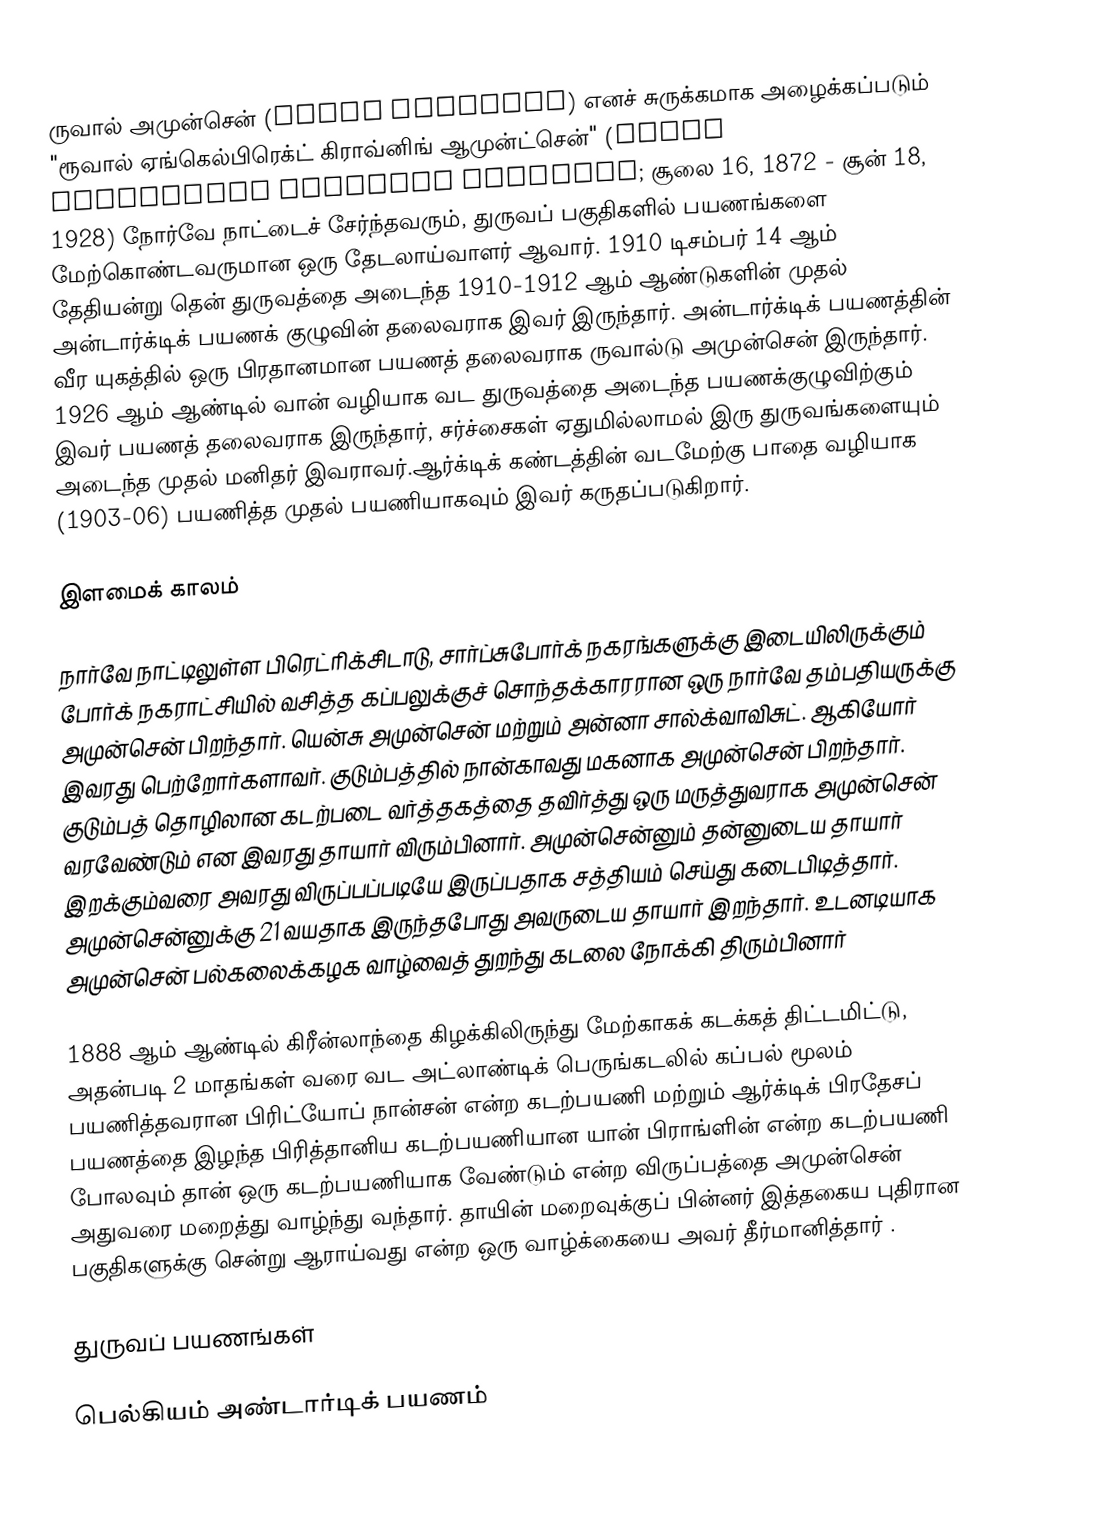
ருவால் அமுன்சென் (Roald Amundsen) எனச் சுருக்கமாக அழைக்கப்படும் "ரூவால் ஏங்கெல்பிரெக்ட் கிராவ்னிங் ஆமுன்ட்சென்" (Roald Engelbregt Gravning Amundsen; சூலை 16, 1872 - சூன் 18, 1928) நோர்வே நாட்டைச் சேர்ந்தவரும், துருவப் பகுதிகளில் பயணங்களை மேற்கொண்டவருமான ஒரு தேடலாய்வாளர் ஆவார். 1910 டிசம்பர் 14 ஆம் தேதியன்று தென் துருவத்தை அடைந்த 1910-1912 ஆம் ஆண்டுகளின் முதல் அன்டார்க்டிக் பயணக் குழுவின் தலைவராக இவர் இருந்தார். அன்டார்க்டிக் பயணத்தின் வீர யுகத்தில் ஒரு பிரதானமான பயணத் தலைவராக ருவால்டு அமுன்சென் இருந்தார். 1926 ஆம் ஆண்டில் வான் வழியாக வட துருவத்தை அடைந்த பயணக்குழுவிற்கும் இவர் பயணத் தலைவராக இருந்தார், சர்ச்சைகள் ஏதுமில்லாமல் இரு துருவங்களையும் அடைந்த முதல் மனிதர் இவராவர்.ஆர்க்டிக் கண்டத்தின் வடமேற்கு பாதை வழியாக (1903-06) பயணித்த முதல் பயணியாகவும் இவர் கருதப்படுகிறார்.

இளமைக் காலம்

நார்வே நாட்டிலுள்ள பிரெட்ரிக்சிடாடு, சார்ப்சுபோர்க் நகரங்களுக்கு இடையிலிருக்கும் போர்க் நகராட்சியில் வசித்த கப்பலுக்குச் சொந்தக்காரரான ஒரு நார்வே தம்பதியருக்கு அமுன்சென் பிறந்தார். யென்சு  அமுன்சென் மற்றும் அன்னா சால்க்வாவிசுட். ஆகியோர் இவரது பெற்றோர்களாவர். குடும்பத்தில் நான்காவது மகனாக அமுன்சென் பிறந்தார். குடும்பத் தொழிலான கடற்படை வர்த்தகத்தை தவிர்த்து ஒரு மருத்துவராக அமுன்சென் வரவேண்டும் என இவரது தாயார் விரும்பினார். அமுன்சென்னும் தன்னுடைய தாயார் இறக்கும்வரை அவரது விருப்பப்படியே இருப்பதாக சத்தியம் செய்து கடைபிடித்தார். அமுன்சென்னுக்கு 21 வயதாக இருந்தபோது அவருடைய தாயார் இறந்தார். உடனடியாக அமுன்சென் பல்கலைக்கழக வாழ்வைத் துறந்து கடலை நோக்கி திரும்பினார்

1888 ஆம் ஆண்டில்  கிரீன்லாந்தை கிழக்கிலிருந்து மேற்காகக் கடக்கத் திட்டமிட்டு, அதன்படி 2 மாதங்கள் வரை வட அட்லாண்டிக் பெருங்கடலில் கப்பல் மூலம் பயணித்தவரான பிரிட்யோப் நான்சன் என்ற கடற்பயணி மற்றும் ஆர்க்டிக் பிரதேசப் பயணத்தை இழந்த பிரித்தானிய கடற்பயணியான யான் பிராங்ளின் என்ற கடற்பயணி போலவும் தான் ஒரு கடற்பயணியாக வேண்டும் என்ற விருப்பத்தை அமுன்சென் அதுவரை மறைத்து வாழ்ந்து வந்தார். தாயின் மறைவுக்குப் பின்னர் இத்தகைய புதிரான பகுதிகளுக்கு சென்று ஆராய்வது என்ற  ஒரு வாழ்க்கையை அவர் தீர்மானித்தார் .

துருவப் பயணங்கள்

பெல்கியம் அண்டார்டிக் பயணம்